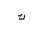
Letter: _kaf